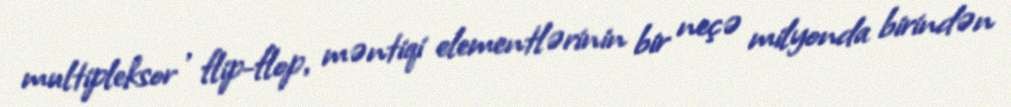
multipleksor , flip-flop, məntiqi elementlərinin bir neçə milyonda birindən